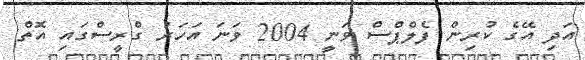
އަދި އޭގެ ކުރިން ފެލްޕްސް ވަނީ 2004 ވަނަ އަހަރު ގްރީސްގައި އޮތް